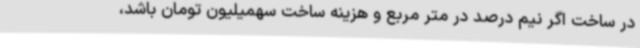
در ساخت اگر نیم درصد در متر مربع و هزینه ساخت سهمیلیون تومان باشد،